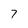
Character: 7